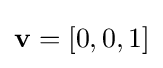
\mathbf {v} =[0,0,1]